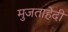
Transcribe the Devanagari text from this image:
मुजताहेदी